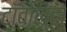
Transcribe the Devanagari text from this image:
टॉवोल्‍टा